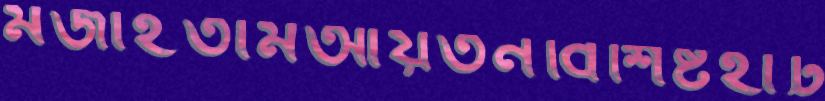
মজাইতামআয়তনবিশিষ্টহাঁট